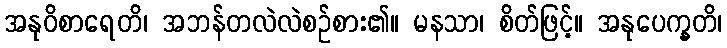
အနုဝိစာရေတိ၊ အဘန်တလဲလဲစဉ်စား၏။ မနသာ၊ စိတ်ဖြင့်။ အနုပေက္ခတိ၊